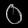
Digit: ၀